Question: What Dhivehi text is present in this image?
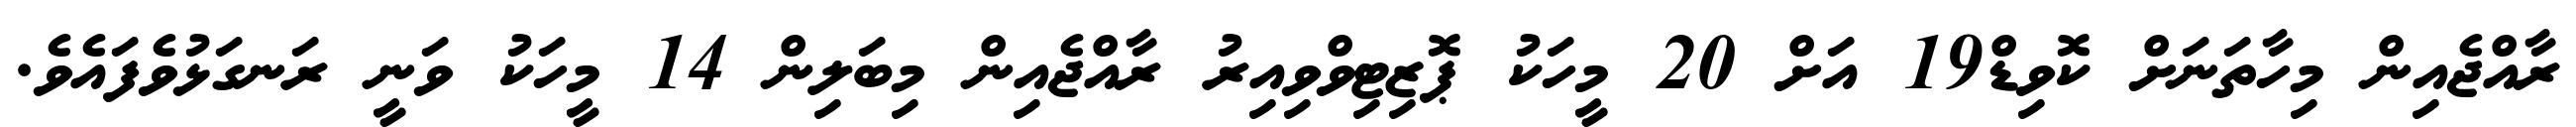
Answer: ރާއްޖެއިން މިހާތަނަށް ކޮވިޑް19 އަށް 20 މީހަކު ޕޮޒިޓިވްވިއިރު ރާއްޖެއިން މިބަލިން 14 މީހަކު ވަނީ ރަނގަޅުވެފައެވެ.